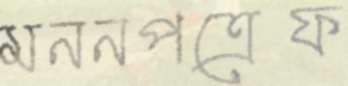
মননপত্রেফ